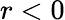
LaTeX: r<0